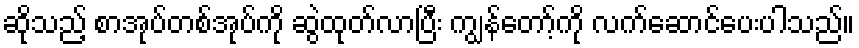
ဆိုသည့် စာအုပ်တစ်အုပ်ကို ဆွဲထုတ်လာပြီး ကျွန်တော့်ကို လက်ဆောင်ပေးပါသည်။